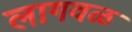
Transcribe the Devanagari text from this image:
लागवळ